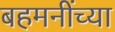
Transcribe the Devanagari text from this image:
बहमनींच्या